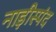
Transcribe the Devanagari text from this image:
नाड़ीस्पंद